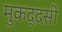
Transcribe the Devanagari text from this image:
मुकद्दसी